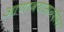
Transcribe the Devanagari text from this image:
आणावयासनदीवर